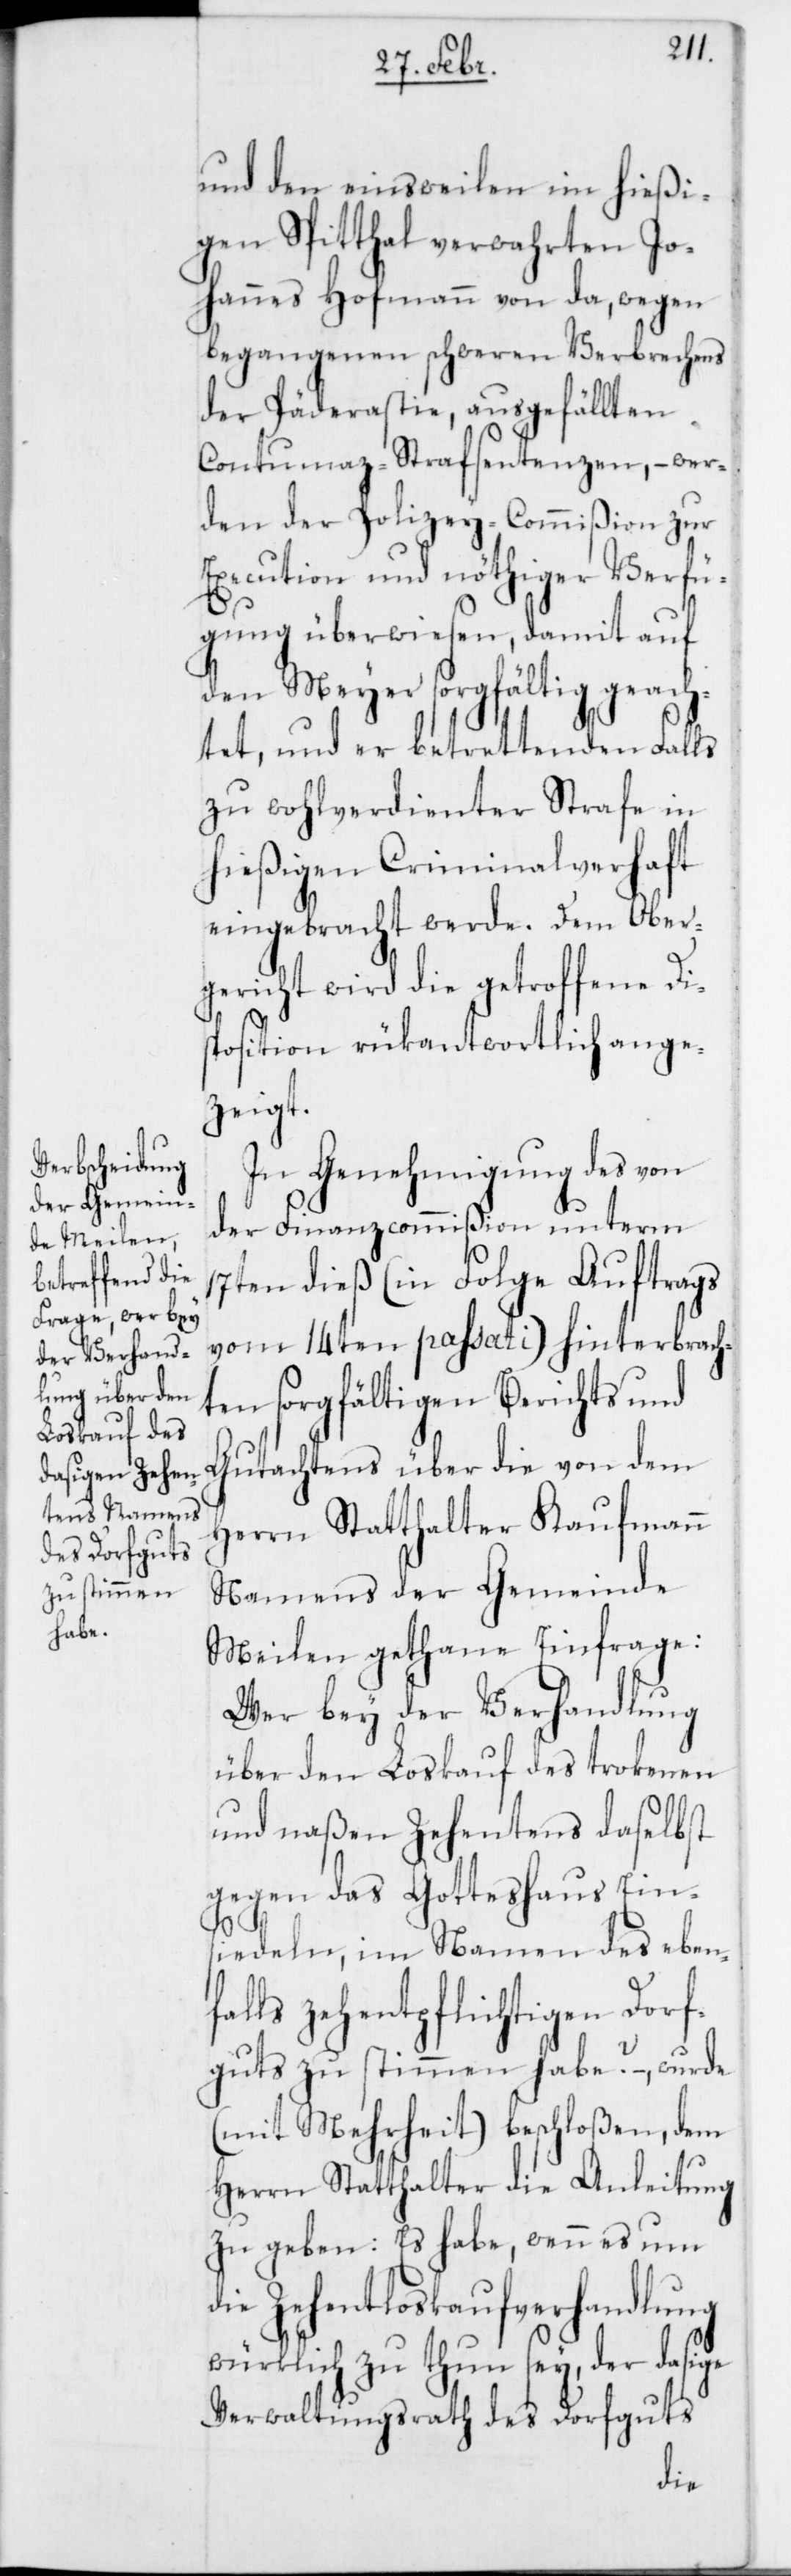
und den einstweilen im hießi¬
gen Spitthal verwahrten Jo¬
hannes Hofmann von da, wegen
begangenen schweren Verbrechens
der Päderastie, ausgefällten
Contumaz-Strafsentenzen, – wer¬
den der Polizey-Commißion zur
Execution und nöthiger Verfü¬
gung überwiesen, damit auf
dem Meyer sorgfältig geach¬
tet, und er betrettenden Falls
zu wohlverdienter Strafe in
hießigen Criminalverhaft
eingebracht werde. Dem Ober¬
gericht wird die getroffene Dis¬
position rükantwortlich ange¬
zeigt.
In Genehmigung des von
der Finanzcommißion unterm
17ten dieß (in Folge Auftrags
vom 14ten passati) hinterbrach¬
ten sorgfältigen Berichts und
Gutachtens über die von dem
Herrn Statthalter Kaufmann
Namens der Gemeinde
Meilen gethane Einfrage:
Wer bey der Verhandlung
über den Loskauf des trokenen
und naßen Zehentens daselbst
gegen das Gotteshaus Ein¬
siedeln, im Namen des ebenf¬
alls zehentpflichtigen Dorf¬
guts zu stimmen habe? – wurde
(mit Mehrheit) beschloßen, dem
Herrn Statthalter die Anleitung
zu geben: Es habe, wenn es um d¬
ie Zehentloskaufsverhandlung
würklich zu thun sey, der dasige
Verwaltungsrath des Dorfguts